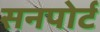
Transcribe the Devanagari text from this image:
सनपोर्ट